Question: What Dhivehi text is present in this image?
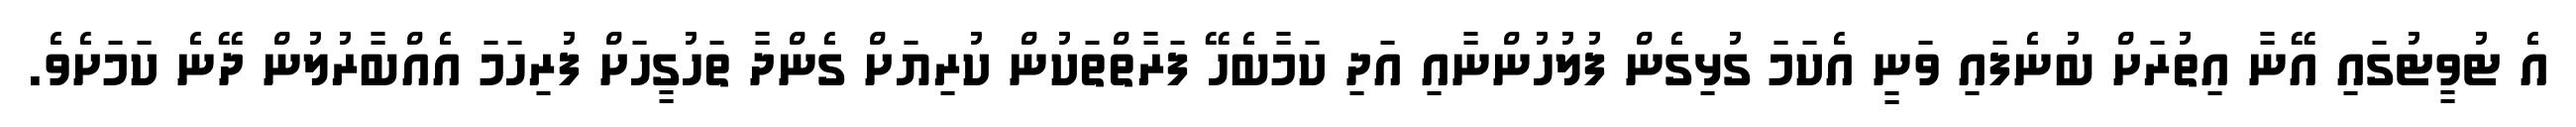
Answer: އެ ޓުވީޓުގައި އޭނާ އިތުރަށް ބުނެފައި ވަނީ އެކަމަ ގުޅިގެން ފުލުހުންނާއި އަދި ކަމާބެހޭ ފަރާތްތަކުން ކުރިޔަށް ގެންދާ ތަހުގީހަށް ފުރިހަމަ އެއްބާރުލުން ދޭނެ ކަމަށެވެ.